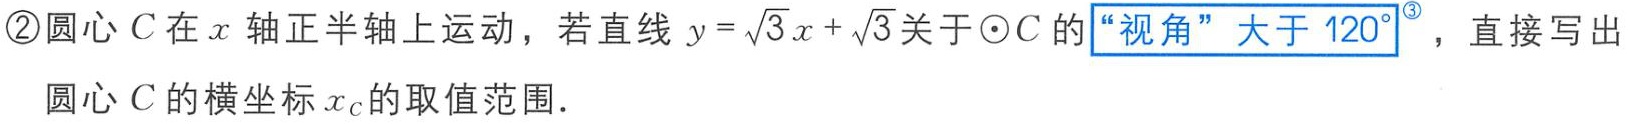
\textcircled{2}圆心\(C\)在\(x\)轴正半轴上运动，若直线\(y = \sqrt{3}x+\sqrt{3}\)关于\(\odot C\)的“视角”大于\(120^{\circ}\)，直接写出圆心\(C\)的横坐标\(x_{C}\)的取值范围．